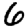
Digit: 6